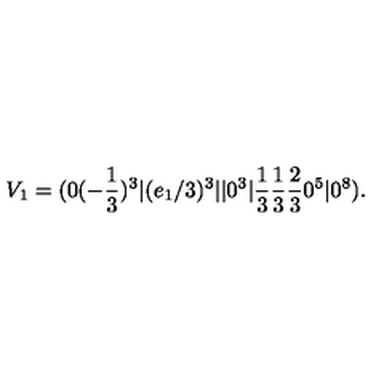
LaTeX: V _ { 1 } = ( 0 ( - { \frac { 1 } { 3 } } ) ^ { 3 } \vert ( e _ { 1 } / 3 ) ^ { 3 } \vert \vert 0 ^ { 3 } \vert { \frac { 1 } { 3 } } { \frac { 1 } { 3 } } { \frac { 2 } { 3 } } 0 ^ { 5 } \vert 0 ^ { 8 } ) .